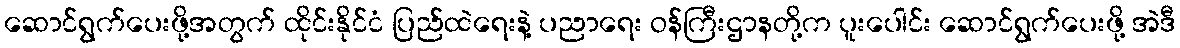
ဆောင်ရွက်ပေးဖို့အတွက် ထိုင်းနိုင်ငံ ပြည်ထဲရေးနဲ့ ပညာရေး ဝန်ကြီးဌာနတို့က ပူးပေါင်း ဆောင်ရွက်ပေးဖို့ အဲဒီ